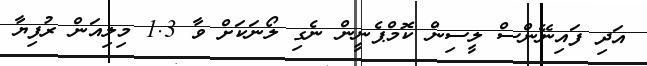
އަދި ފައިނޭންސް ލީސިން ކޮމްޕެނީން ނެގި ލޯނަކަށް ވާ 1.3 މިލިއަން ރުފިޔާ